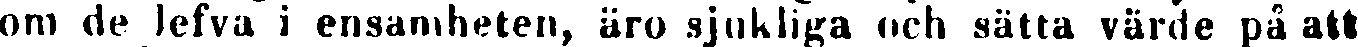
om de lefva i ensamheten, äro sjukliga och sätta värde på att